Civil Veterinary Department. Madras. Admin. report 1910-25 - 1910-1925
Year: 1910
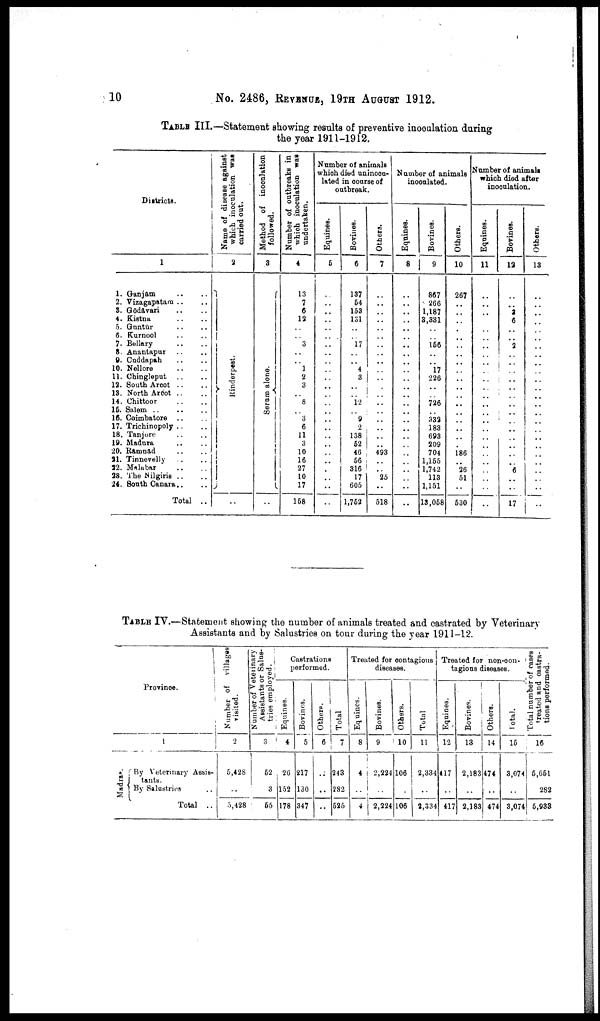
10
No. 2486, REVENUE, 19TH AUGUST 1912.
TABLE III.—Statement showing results of preventive inoculation during
the year 1911-1912.
Districts.
1
1. Ganjam .. ..
2. Vizagapatara .. ..
3. Gōdāvari .. ..
4. Kistna .. ..
5. Gūntūr .. ..
6. Kurnool .. ..
7. Bellary .. ..
8. Anantapur .. ..
8. Cuddapah .. ..
10. Nellore .. ..
11. Chingleput .. ..
12. South Aroot .. ..
13. North Arcot .. ..
14. Chittoor .. ..
15. Salem
..
..
16. Coimbatore .. ..
17. Trichinopoly .. ..
18. Tanjore .. ..
19. Madura .. ..
20. Rāmnād .. ..
21. Tinnevelly .. ..
22. Malabar .. ..
23. The Nilgiris .. ..
24. South Canara .. ..
Total ..
Name
of disease against
which inoculation was
carried out.
2
Ri nder pes t
.
Method of inoculation
followed.
3
Se r
um alone.
Number of outbreaks in
which inoculation was
undertaken.
4
13
7
6
12
3
1
2
3
8
3
6
11
3
10
16
27
10
17
158
Number of animals
which died uninocu-
lated in course of
outbreak.
Equines.
5
..
..
..
..
..
..
..
..
..
..
..
..
..
..
..
..
..
..
..
..
..
..
..
..
..
Bovines.
6
137
54
153
131
17
4
3
..
12
9
2
138
52
46
56
316
17
605
1,752
Others.
7
..
..
..
..
..
..
..
..
..
..
..
..
..
..
..
..
..
..
..
493
..
..
25
..
518
Number of animals
inoculated.
Equines.
8
..
..
..
..
..
..
..
..
..
..
..
..
..
..
..
..
..
..
..
..
..
..
..
..
..
Bovines.
9
867
266
1,187
3,331
156
17
226
726
..
332
183
693
209
704
1,155
1,742
113
1,151
13,058
Others.
10
267
..
..
..
..
..
..
..
..
..
..
..
..
..
..
..
..
..
..
186
..
26
51
..
530
Number of animals
which died after
inoculation.
Equines.
11
..
..
..
..
..
..
..
..
..
..
..
..
..
..
..
..
..
..
..
..
..
..
..
..
Bovines.
12
..
..
3
6
..
..
2
..
..
..
..
..
..
..
..
..
..
..
..
..
..
6
..
..
17
Others.
13
..
..
..
..
..
..
..
..
..
..
..
..
..
..
..
..
..
..
..
..
..
..
..
..
..
TABLE IV.—Statement showing the number of animals treated and castrated by Veterinary
Assistants and by Salustries on tour during the year 1911-12.
Province.
Ma dr a s .
1
By Veterinary Assis
tants.
By Salustries
Total ..
Number of villages
visited.
2
5,428
..
5,428
Number of Veterinary
Assistants or Salus
tries employed.
3
52
3
55
Castrations
performed.
Equines.
4
26
152
178
Bovines.
5
217
130
347
Others.
6
..
..
Total
7
243
282
525
Treated for contagious
diseases.
Equines.
8
4
..
4
Bovines.
9
2,224
..
2,224
Others.
10
106
..
106
Total
11
2,334
..
2,334
Treated for non-con-
tagious diseases.
Equines.
12
417
..
417
Bovines.
13
2,183
..
2,183
Others.
14
474
..
474
Total.
15
3,074
..
3,074
Total number of cases
treated
and castra
tions performed.
16
5,651
282
5,933